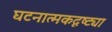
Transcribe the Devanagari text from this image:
घटनात्मकदृष्ट्या